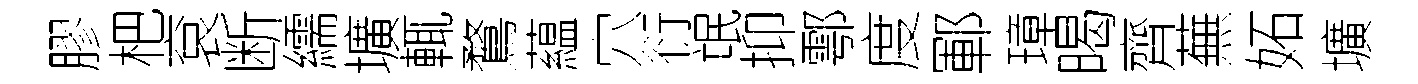
膠杷袞断繻壙輒鶩藴穴衍氓抑鄠度鄆璋暍齊蕪妬壙